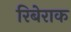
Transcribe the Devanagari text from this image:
रिबेराक